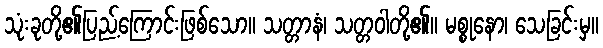
သုံးခုတို့၏ပြည့်ကြောင်းဖြစ်သော။ သတ္တာနံ၊ သတ္တဝါတို့၏။ မစ္စုနော၊ သေခြင်းမှ။